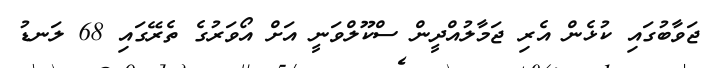
ޖަވާބުގައި ކުޅެން އެރި ޖަމާލުއްދީން ސްކޫލްވަނީ އަށް އޯވަރުގެ ތެރޭގައި 68 ލަނޑު